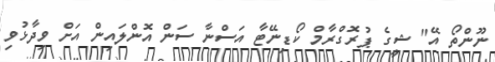
ނޫންތޯ އޭ" ޝީގެ ޕުރޮގްރާމް ކޯޑިނޭޓާ އަސްނާ ސަން އޮންލައިން އަށް ވިދާޅުވި